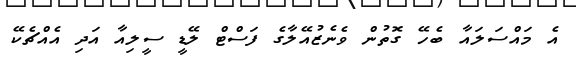
އެ މައްސަލައާ ބެހޭ ގޮތުން ވެނެޒުއޭލާގެ ފަސްޓް ލޭޑީ ސީލިއާ އަދި އެއްޗެކޭ